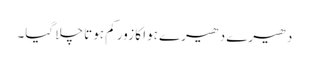
دھیرے دھیرے ہوا کا زور کم ہوتا چلا گیا۔